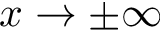
x \rightarrow \pm \infty